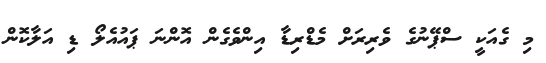
މި ގެއަކީ ސްޕޭނުގެ ވެރިރަށް މެޑްރިޑާ އިންވެގެން އޮންނަ ޕައުއެލޯ ޑި އަލާކޮން